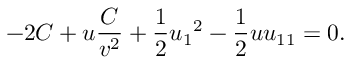
- 2 C + u \frac { C } { v ^ { 2 } } + \frac { 1 } { 2 } { u _ { 1 } } ^ { 2 } - \frac { 1 } { 2 } u u _ { 1 1 } = 0 .